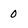
Character: 0